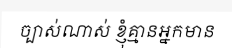
ច្បាស់ណាស់ ខ្ញុំគ្មានអ្នកមាន